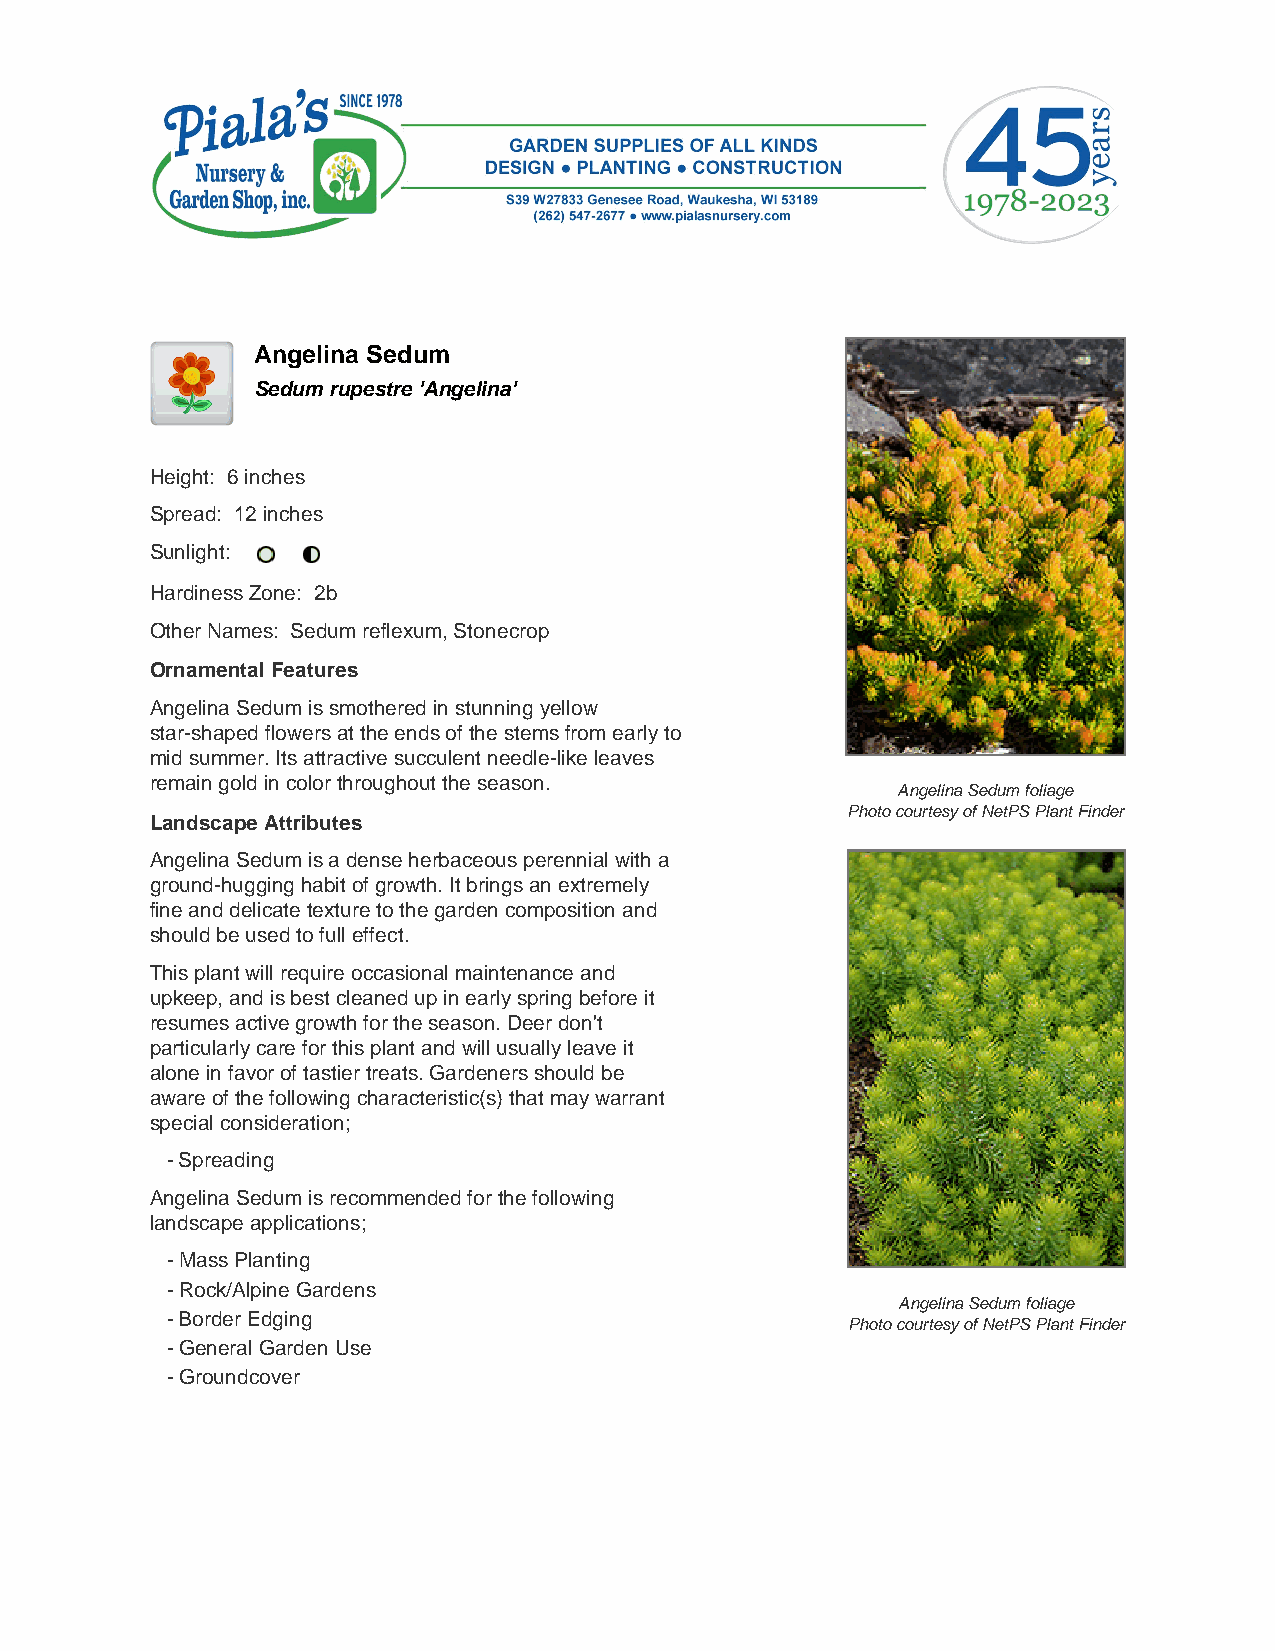
Angelina Sedum
 Sedum rupestre 'Angelina'
 Height: 6 inches
 Spread: 12 inches
 Sunlight:
 Hardiness Zone: 2b
 Other Names: Sedum reflexum, Stonecrop
 Ornamental Features
 Angelina Sedum is smothered in stunning yellow
 star-shaped flowers at the ends of the stems from early to
 mid summer. Its attractive succulent needle-like leaves
 remain gold in color throughout the season.
 Angelina Sedum foliage
 Photo courtesy of NetPS Plant Finder
 Landscape Attributes
 Angelina Sedum is a dense herbaceous perennial with a
 ground-hugging habit of growth. It brings an extremely
 fine and delicate texture to the garden composition and
 should be used to full effect.
 This plant will require occasional maintenance and
 upkeep, and is best cleaned up in early spring before it
 resumes active growth for the season. Deer don't
 particularly care for this plant and will usually leave it
 alone in favor of tastier treats. Gardeners should be
 aware of the following characteristic(s) that may warrant
 special consideration;
 - Spreading
 Angelina Sedum is recommended for the following
 landscape applications;
 - Mass Planting
 - Rock/Alpine Gardens
 Angelina Sedum foliage
 - Border Edging
 Photo courtesy of NetPS Plant Finder
 - General Garden Use
 - Groundcover